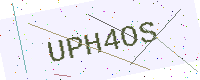
Text: UPH4OS